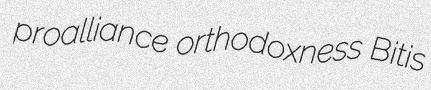
proalliance orthodoxness Bitis